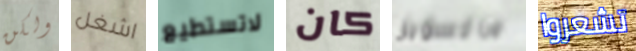
ولكن اشغل لاتستطيع كان ماكسويل تشعروا